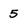
Character: 5